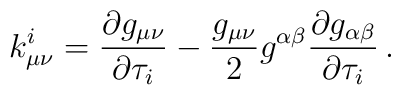
k^i_{\mu\nu} = \frac{\partial g_{\mu\nu}}{\partial \tau_i} -  \frac{g_{\mu\nu}}{2} g^{\alpha\beta} \frac{\partial   g_{\alpha\beta}}{\partial \tau_i} \, .